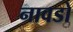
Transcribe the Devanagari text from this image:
नावडो